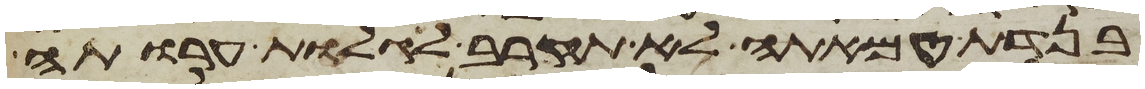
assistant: בנדת טמאתה לא תקרב לגלות ערותה